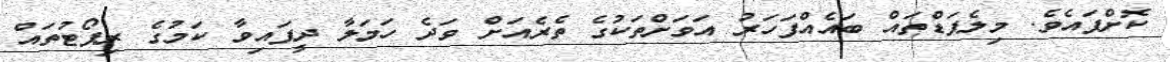
ކޮށްފައެވެ. މިލެޕަޑްތައް ބައެއްފަހަރު އަވަށްތަކުގެ ތެރެއަށް ވަދެ ހަމަލާ ދީފައިވާ ކަމުގެ ރިޕޯޓުތައް